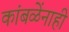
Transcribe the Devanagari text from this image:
कांबळेंनाही